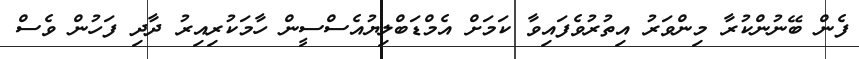
ފެން ބޭނުންކުރާ މިންވަރު އިތުރުވެފައިވާ ކަމަށް އެމްޑަބްލިޔުއެސްސީން ހާމަކުރިއިރު ދާދި ފަހުން ވެސް